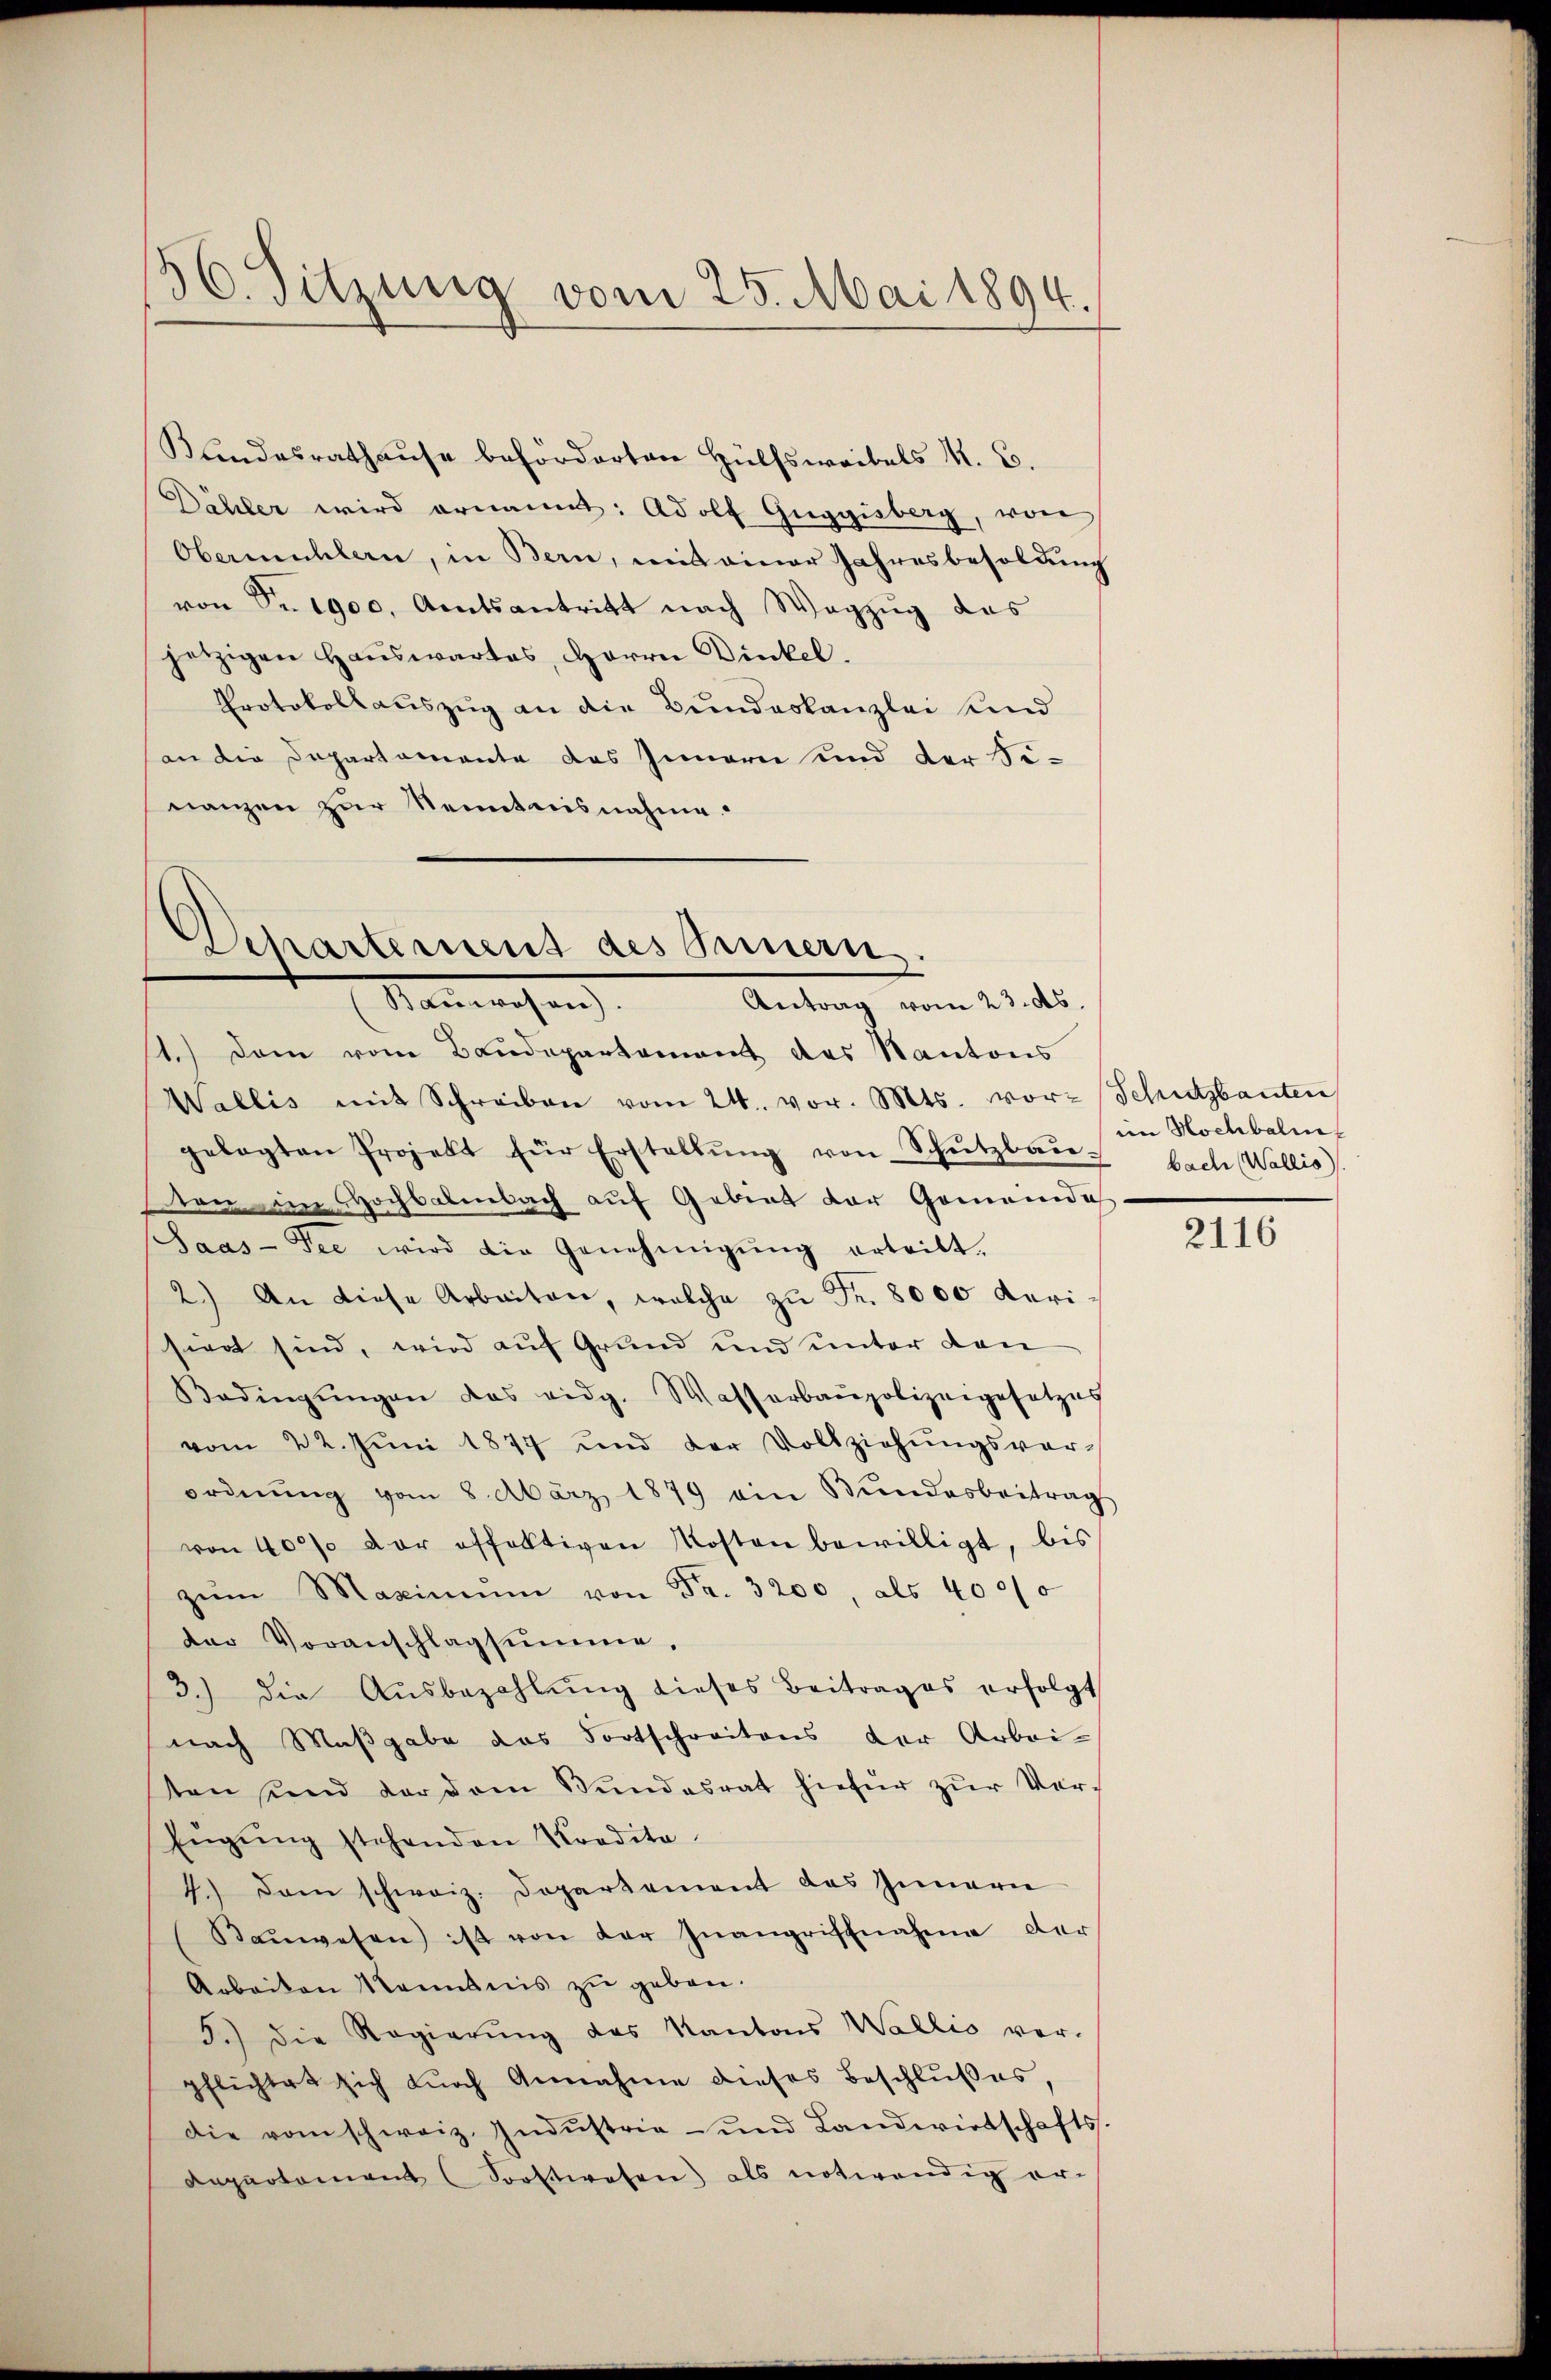
56. Sitzung vom 25. Mai 1894.

Kundesrathause beförderten Hülfsweibels M. C.
Dähler wird ernannt: Adolf Guggisberg, von
Obermühlen, in Bern, mit einer Jahresbesoldung
von Nr. 1900, Amtsantritt nach Wegzug des
jetzigen Hauswartes, Herrn Dinkel.
Protokollauszug an die Bundeskanzlei und
an die Departamente des Innern und der Si-
nanzen zur Kenntnisnahme.

Departement des Sennern.
Manwesen
Antrag vom 23. ds.

1.) Dem vom Baudepartement des Kantons
Wallis mit Schreiben vom 24. vor. Mts. vor- Schutzbauten
gelegten Projekt für Erstellŭng von Schŭtzbaŭ bach Wallis
ton an Hochbarenbach auf Gebiet der Gemeinde
Saas-See wird die Genehmigŭng erteilt.
2.) An diese Arbeiten, welche zŭ Fr. 8000 verisiert sind, wird auf Grund und unter den
Bedingŭngen das eidg. Wasserbaupolizeigesetzes
vom 22. Jŭni 1877 und der Vollziehŭngsver-
ordnŭng vom 8. März 1879 ein Bŭndesbeitrag
von 40% der offertigen Kosten bewilligt, bis
zŭm Maximŭm von Fr. 3200, als 4000
der Voranschlagsumme,
3.) die Aŭsbezahlŭng dieses Beitrages erfolgt
nach Maßgabe das Fortschreitens der Arbei-
ten sind der dem Bundesrat hiefür zur Ver-
Eŭgŭng stehenden Kordita
4.) Dann schweiz. Departement das Innern
Baŭwesen ist von der Inangriffnahme der
Arbeiten Kenntnis zu geben.
3.) Die Regierŭng des Kantons Wallis ver-
pflichtet sich dŭrch Annahme dieses Beschlŭβes,
Die vom schweiz. Indŭstrie- und Landwirtschafts-
Repartement (Soostwesen) als notwendig er-

im Hochbalm

2116